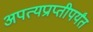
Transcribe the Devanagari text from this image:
अपत्यप्राप्तीपर्यंत